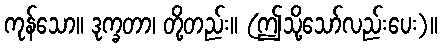
ကုန်သော။ ဒုက္ခတာ၊ တို့တည်း။ (ဤသို့သော်လည်းပေး)။